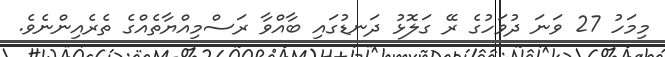
މިމަހު 27 ވަނަ ދުވަހުގެ ރޭ ގަލޮޅު ދަނޑުގައި ބާއްވާ ރަސްމިއްޔާތެއްގެ ތެރެއިންނެވެ.